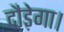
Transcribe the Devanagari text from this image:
दौड़ेगा।